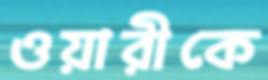
ওয়ারীকে